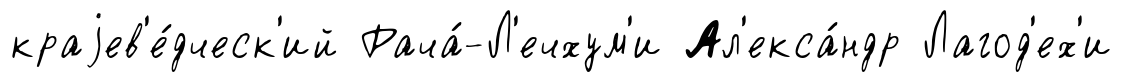
краjев'е́дческ'ий Рача́-Л'ечхум'и Ал'екса́ндр Лагод'ех'и